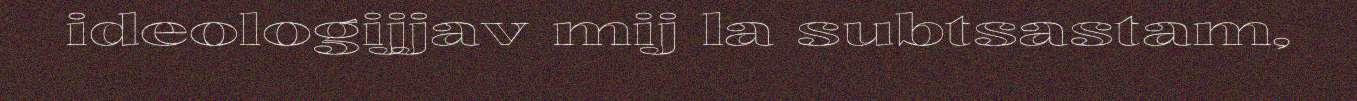
ideologijjav mij la subtsastam,